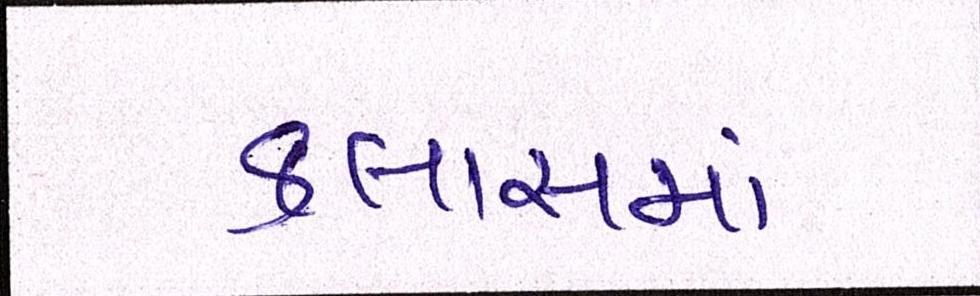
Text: ક્લાસમાં